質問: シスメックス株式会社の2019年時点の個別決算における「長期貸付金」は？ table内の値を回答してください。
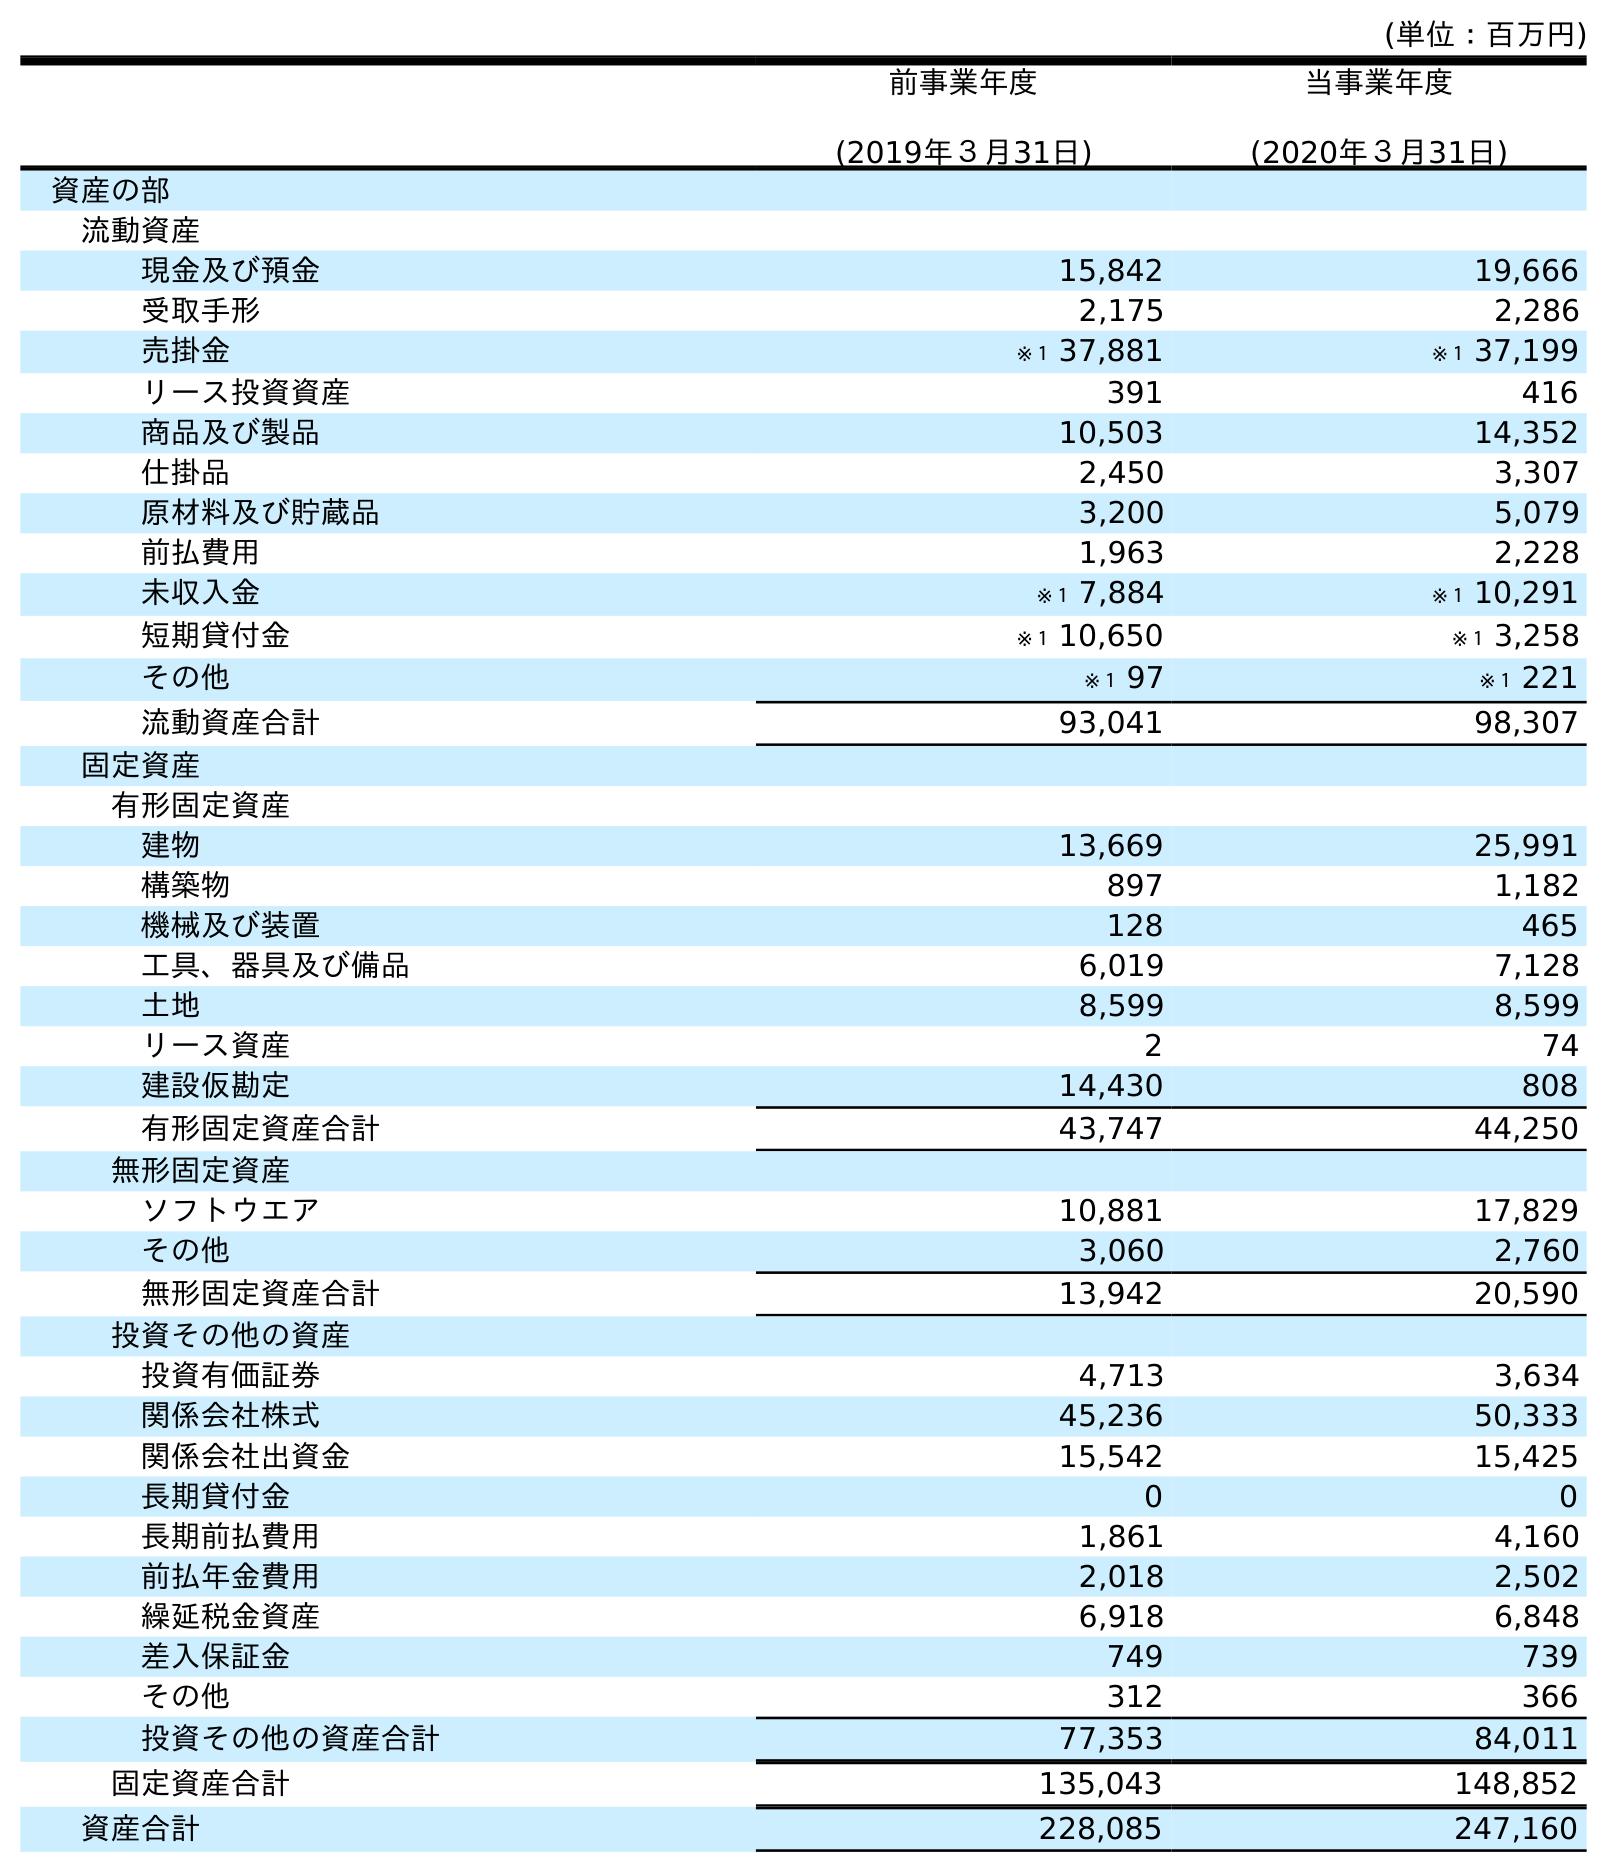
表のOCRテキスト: (単位：百万円) 前事業年度 (2019年３月31日) 当事業年度 (2020年３月31日) 資産の部 流動資産 現金及び預金 15,842 19,666 受取手形 2,175 2,286 売掛金 ※１ 37,881 ※１ 37,199 リース投資資産 391 416 商品及び製品 10,503 14,352 仕掛品 2,450 3,307 原材料及び貯蔵品 3,200 5,079 前払費用 1,963 2,228 未収入金 ※１ 7,884 ※１ 10,291 短期貸付金 ※１ 10,650 ※１ 3,258 その他 ※１ 97 ※１ 221 流動資産合計 93,041 98,307 固定資産 有形固定資産 建物 13,669 25,991 構築物 897 1,182 機械及び装置 128 465 工具、器具及び備品 6,019 7,128 土地 8,599 8,599 リース資産 2 74 建設仮勘定 14,430 808 有形固定資産合計 43,747 44,250 無形固定資産 ソフトウエア 10,881 17,829 その他 3,060 2,760 無形固定資産合計 13,942 20,590 投資その他の資産 投資有価証券 4,713 3,634 関係会社株式 45,236 50,333 関係会社出資金 15,542 15,425 長期貸付金 0 0 長期前払費用 1,861 4,160 前払年金費用 2,018 2,502 繰延税金資産 6,918 6,848 差入保証金 749 739 その他 312 366 投資その他の資産合計 77,353 84,011 固定資産合計 135,043 148,852 資産合計 228,085 247,160
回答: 0